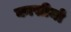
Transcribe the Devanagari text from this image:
कासीमो